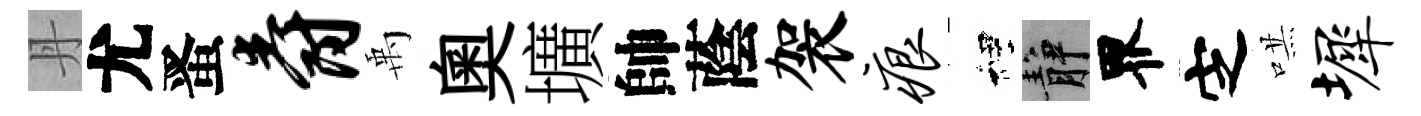
丹尤󱉠爵禹奧壙帥蔭袈痕裡静界㝎哄墀